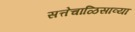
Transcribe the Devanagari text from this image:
सत्तेचाळिसाव्या